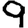
Digit: 9